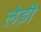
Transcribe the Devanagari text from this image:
लेड़ी